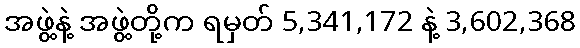
အဖွဲ့နဲ့ အဖွဲ့တို့က ရမှတ် 5,341,172 နဲ့ 3,602,368